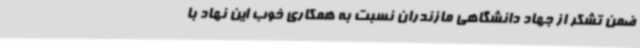
ضمن تشکر از جهاد دانشگاهی مازندران نسبت به همکاری خوب این نهاد با